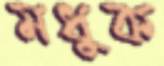
মধুক